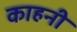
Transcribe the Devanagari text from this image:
काहनी